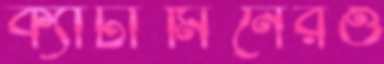
ক্যাটামিনেরও